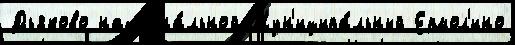
Дьяково национа́льной Мун'иципа́льный Ермол'ино